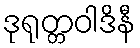
ဒုရုတ္တဝါဒိနီ